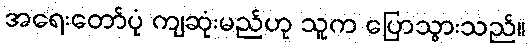
အရေးတော်ပုံ ကျဆုံးမည်ဟု သူက ပြောသွားသည်။